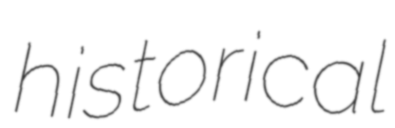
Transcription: historical